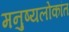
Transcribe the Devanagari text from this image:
मनुष्यलोकांत